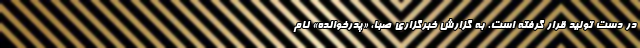
در دست تولید قرار گرفته است. به گزارش خبرگزاری صبا، «پدرخوانده» نام